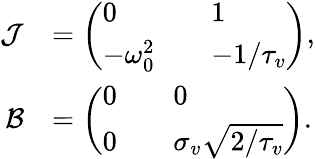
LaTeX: \begin{array}{rl}{\mathcal{J}}&{=\left(\begin{array}{lll}{0}&&{1}\\ {-\omega_{0}^{2}}&&{-1/{\tau_{v}}}\end{array}\right),}\\ {\mathcal{B}}&{=\left(\begin{array}{lll}{0}&&{0}\\ {0}&&{\sigma_{v}\sqrt{2/\tau_{v}}}\end{array}\right).}\end{array}